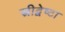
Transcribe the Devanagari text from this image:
स्त्रीद्वेष्टा